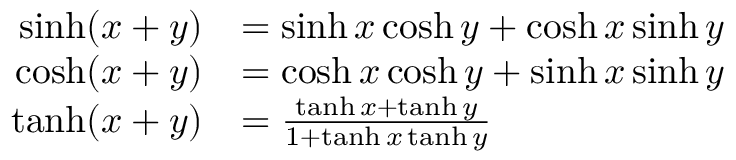
{ \begin{array} { r l } { \sinh ( x + y ) } & { = \sinh x \cosh y + \cosh x \sinh y } \\ { \cosh ( x + y ) } & { = \cosh x \cosh y + \sinh x \sinh y } \\ { \operatorname { t a n h } ( x + y ) } & { = { \frac { \operatorname { t a n h } x + \operatorname { t a n h } y } { 1 + \operatorname { t a n h } x \operatorname { t a n h } y } } } \end{array} }